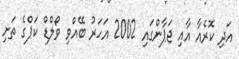
އަދި ކޮރެއާ އާއި ޖަޕާންގައި 2002 އަހަރު ބޭއްވި ވޯލްޑް ކަޕްގެ ތަށި